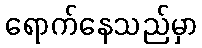
ရောက်နေသည်မှာ